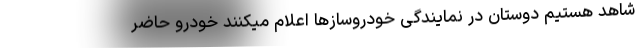
شاهد هستیم دوستان در نمایندگی خودروساز‌ها اعلام میکنند خودرو حاضر